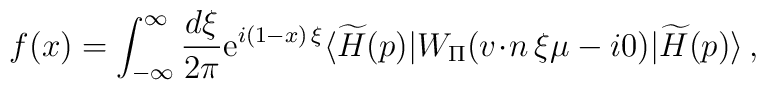
f (x)=\int_{-\infty}^\infty \frac{d \xi}{2 \pi}{\rm e}^{i(1 - x) \, \xi}\langle \widetilde{H}(p) |W_{\scriptstyle\Pi} ( {v \!\cdot\! n} \, \xi \mu -i0) | \widetilde{H}(p) \rangle\, ,